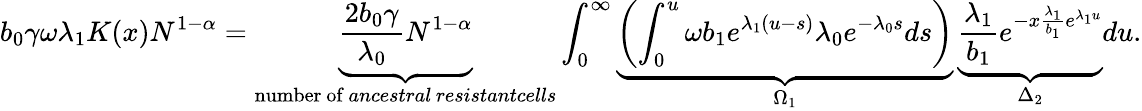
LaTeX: b_{0}\gamma\omega\lambda_{1}K(x)N^{1-\alpha}=\underbrace{\frac{2b_{0}\gamma}{\lambda_{0}}N^{1-\alpha}}_{\substack{\mathrm{number~of}\, \textit{ancestral}\, \textit{resistantcells}}}\int_{0}^{\infty}\underbrace{\left(\int_{0}^{u}\omega b_{1}e^{\lambda_{1}(u-s)}\lambda_{0}e^{-\lambda_{0}s}ds\right)}_{\substack{\Omega_{1}}}\, \underbrace{\frac{\lambda_{1}}{b_{1}}e^{-x\frac{\lambda_{1}}{b_{1}}e^{\lambda_{1}u}}}_{\substack{\Delta_{2}}}du.